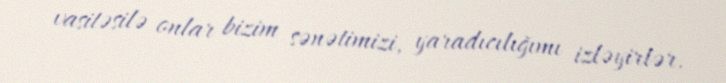
vasitəsilə onlar bizim sənətimizi, yaradıcılığımı izləyirlər.